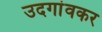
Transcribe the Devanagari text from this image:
उदगांवकर